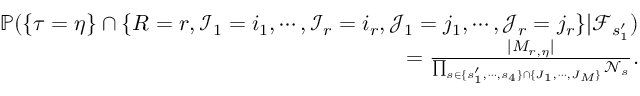
\begin{array} { r l r } & { } & { \mathbb { P } ( \{ \tau = \eta \} \cap \{ R = r , \mathscr { I } _ { 1 } = i _ { 1 } , \cdots , \mathscr { I } _ { r } = i _ { r } , \mathscr { J } _ { 1 } = j _ { 1 } , \cdots , \mathscr { J } _ { r } = j _ { r } \} | \mathcal { F } _ { s _ { 1 } ^ { \prime } } ) } \\ & { } & { = \frac { | M _ { r , \eta } | } { \prod _ { s \in \{ s _ { 1 } ^ { \prime } , \cdots , s _ { 4 } \} \cap \{ J _ { 1 } , \cdots , J _ { M } \} } \mathscr { N } _ { s } } . } \end{array}